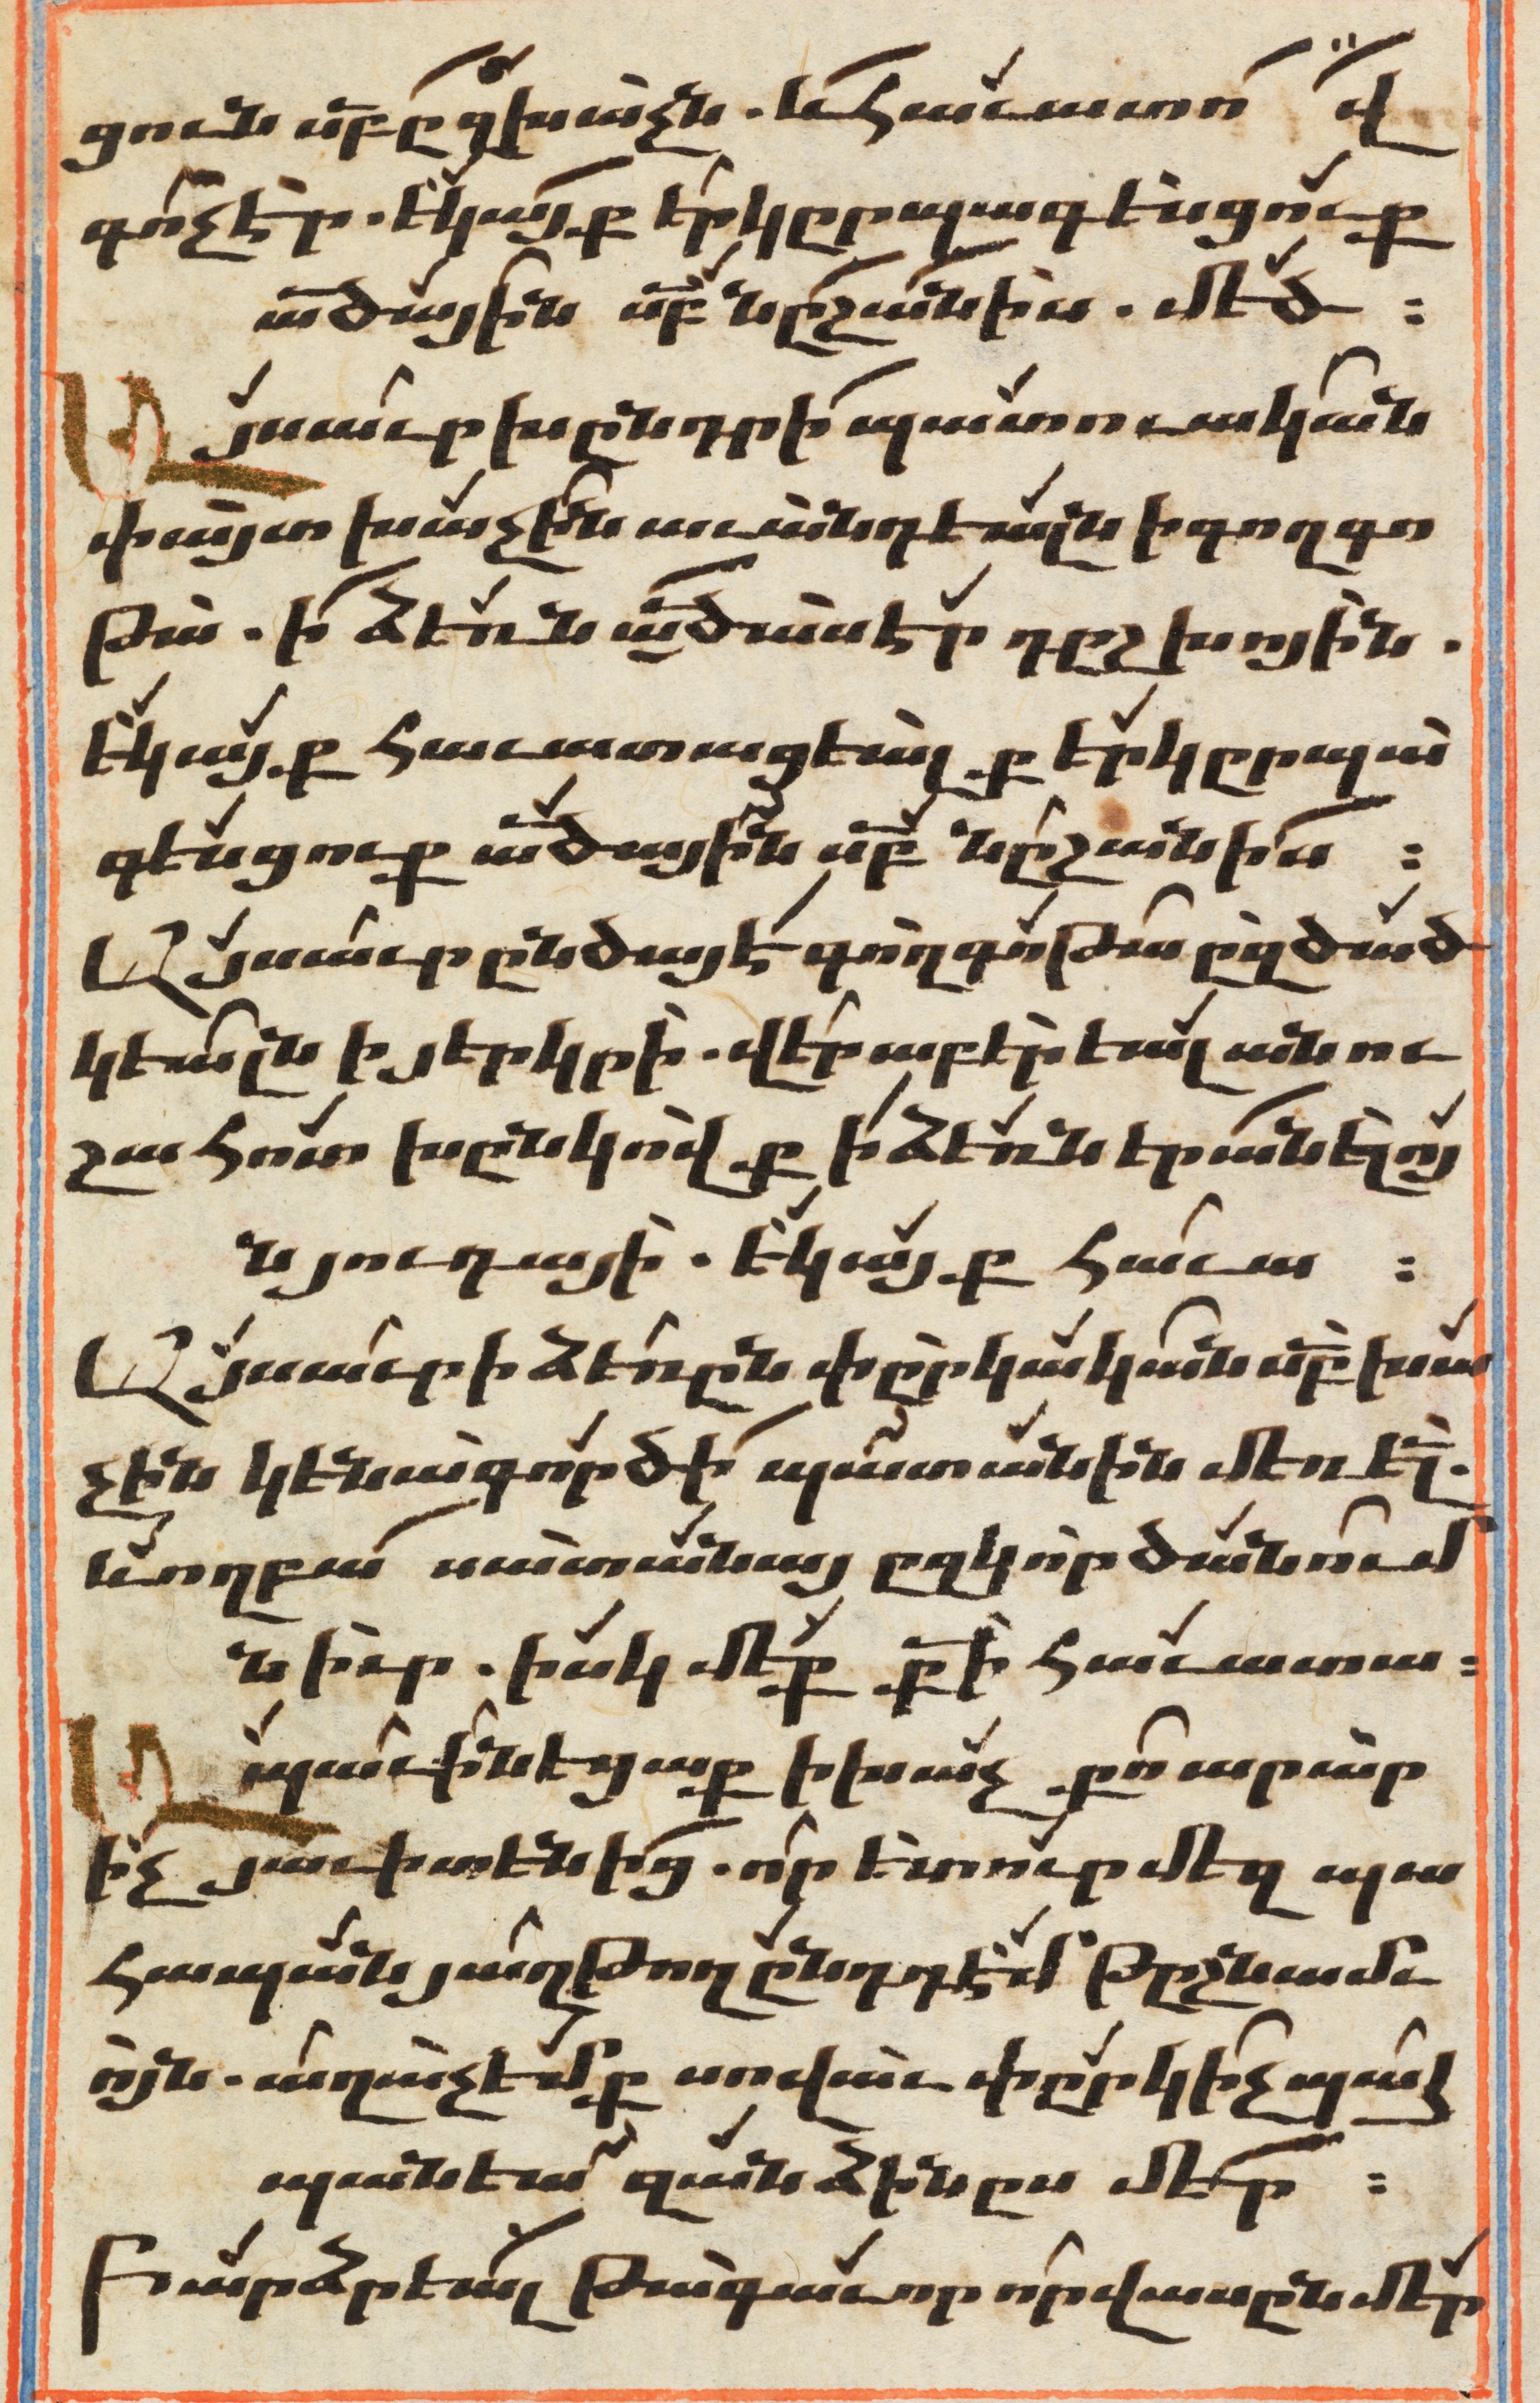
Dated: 1647–1647